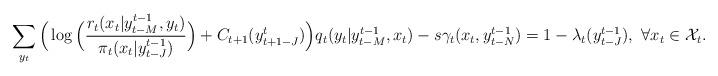
LaTeX: \begin{align*}\sum_{y_{t}}\Big(\log\Big(\frac{r_t(x_t|y^{t-1}_{t-M},y_t)}{{\pi}_{t}(x_t|y^{t-1}_{t-J})}\Big)+C_{t+1}(y^t_{t+1-J})\Big)q_t(y_t|y^{t-1}_{t-M},x_t)-s\gamma_t(x_t,y^{t-1}_{t-N})=1-\lambda_t(y^{t-1}_{t-J}),~\forall{x_t}\in{\cal X}_t.\end{align*}